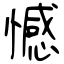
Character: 憾